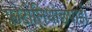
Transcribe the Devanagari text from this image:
फ़ोटोलिथोछपाई।